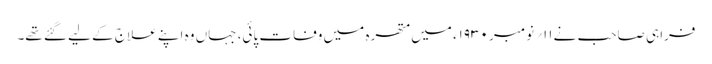
فراہی صاحب نے۱۱؍ نومبر ۱۹۳۰ء میں متھرہ میں وفات پائی، جہاں وہ اپنے علاج کے لیے گئے تھے۔